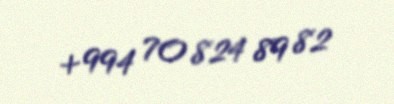
+994 70 824 89 82